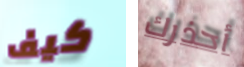
كيف أحذرك